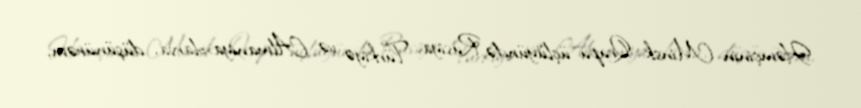
Həmçinin Minsk Qrupu üçlüyündə Rusiya, Türkiyə və Almaniya olarsa, düşünürəm,